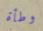
وطأة